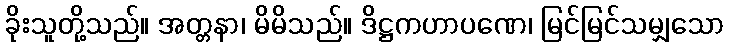
ခိုးသူတို့သည်။ အတ္တနာ၊ မိမိသည်။ ဒိဋ္ဌကဟာပဏေ၊ မြင်မြင်သမျှသော